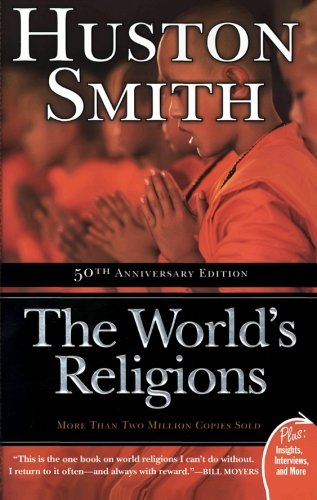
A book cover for The World's Religions (Plus); Huston Smith; History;